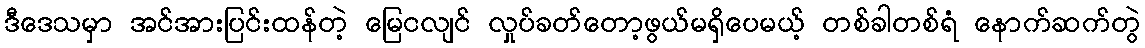
ဒီဒေသမှာ အင်အားပြင်းထန်တဲ့ မြေငလျင် လှုပ်ခတ်တော့ဖွယ်မရှိပေမယ့် တစ်ခါတစ်ရံ နောက်ဆက်တွဲ